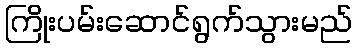
ကြိုးပမ်းဆောင်ရွက်သွားမည်